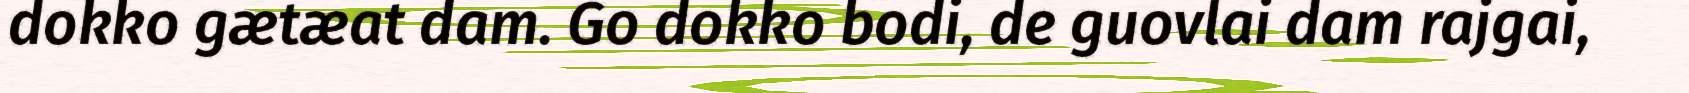
dokko gætæat dam. Go dokko bodi, de guovlai dam rajgai,